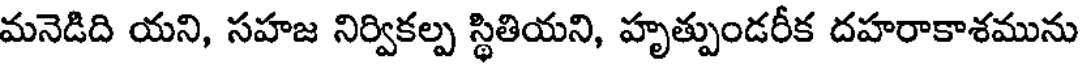
మనెడిది యని, సహజ నిర్వికల్ప స్థితియని, హృత్పుండరీక దహరాకాశమును